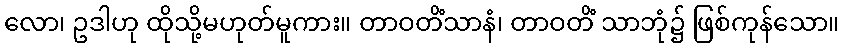
လော၊ ဥဒါဟု ထိုသို့မဟုတ်မူကား။ တာဝတိံသာနံ၊ တာဝတိံ သာဘုံ၌ ဖြစ်ကုန်သော။